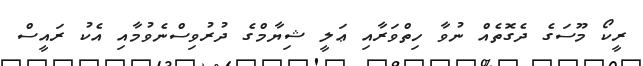
ރީކޯ މޫސަގެ ދެގޮތެއް ނުވާ ހިތްވަރާއި ޢަލީ ޝިޔާމްގެ ދުރުވިސްނެވުމާއި އެކު ރައީސް